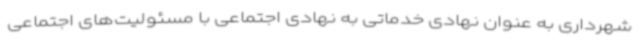
شهرداری به عنوان نهادی خدماتی به نهادی اجتماعی با مسئولیت‌های اجتماعی